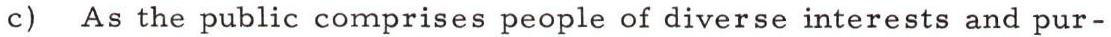
c) As the public comprises people of diverse interests and pur-